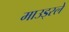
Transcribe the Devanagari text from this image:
माउड्स्ले